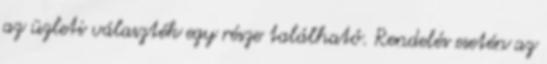
az üzleti választék egy része található. Rendelés esetén az